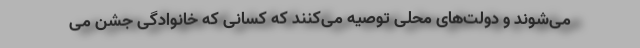
می‌شوند و دولت‌های محلی توصیه می‌کنند که کسانی که خانوادگی جشن می